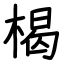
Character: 楬